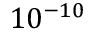
1 0 ^ { - 1 0 }